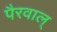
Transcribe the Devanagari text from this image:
पैरवाल्